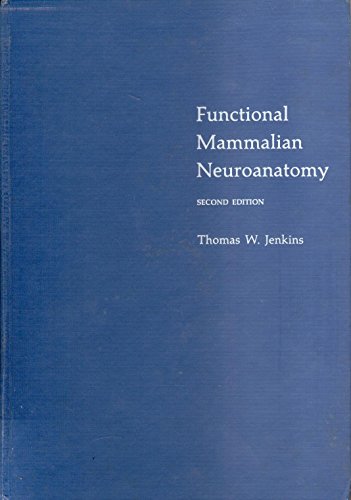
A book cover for Functional mammalian neuroanatomy: With emphasis on the dog and cat, including an atlas of the central nervous system of the dog; Thomas W Jenkins; Medical Books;